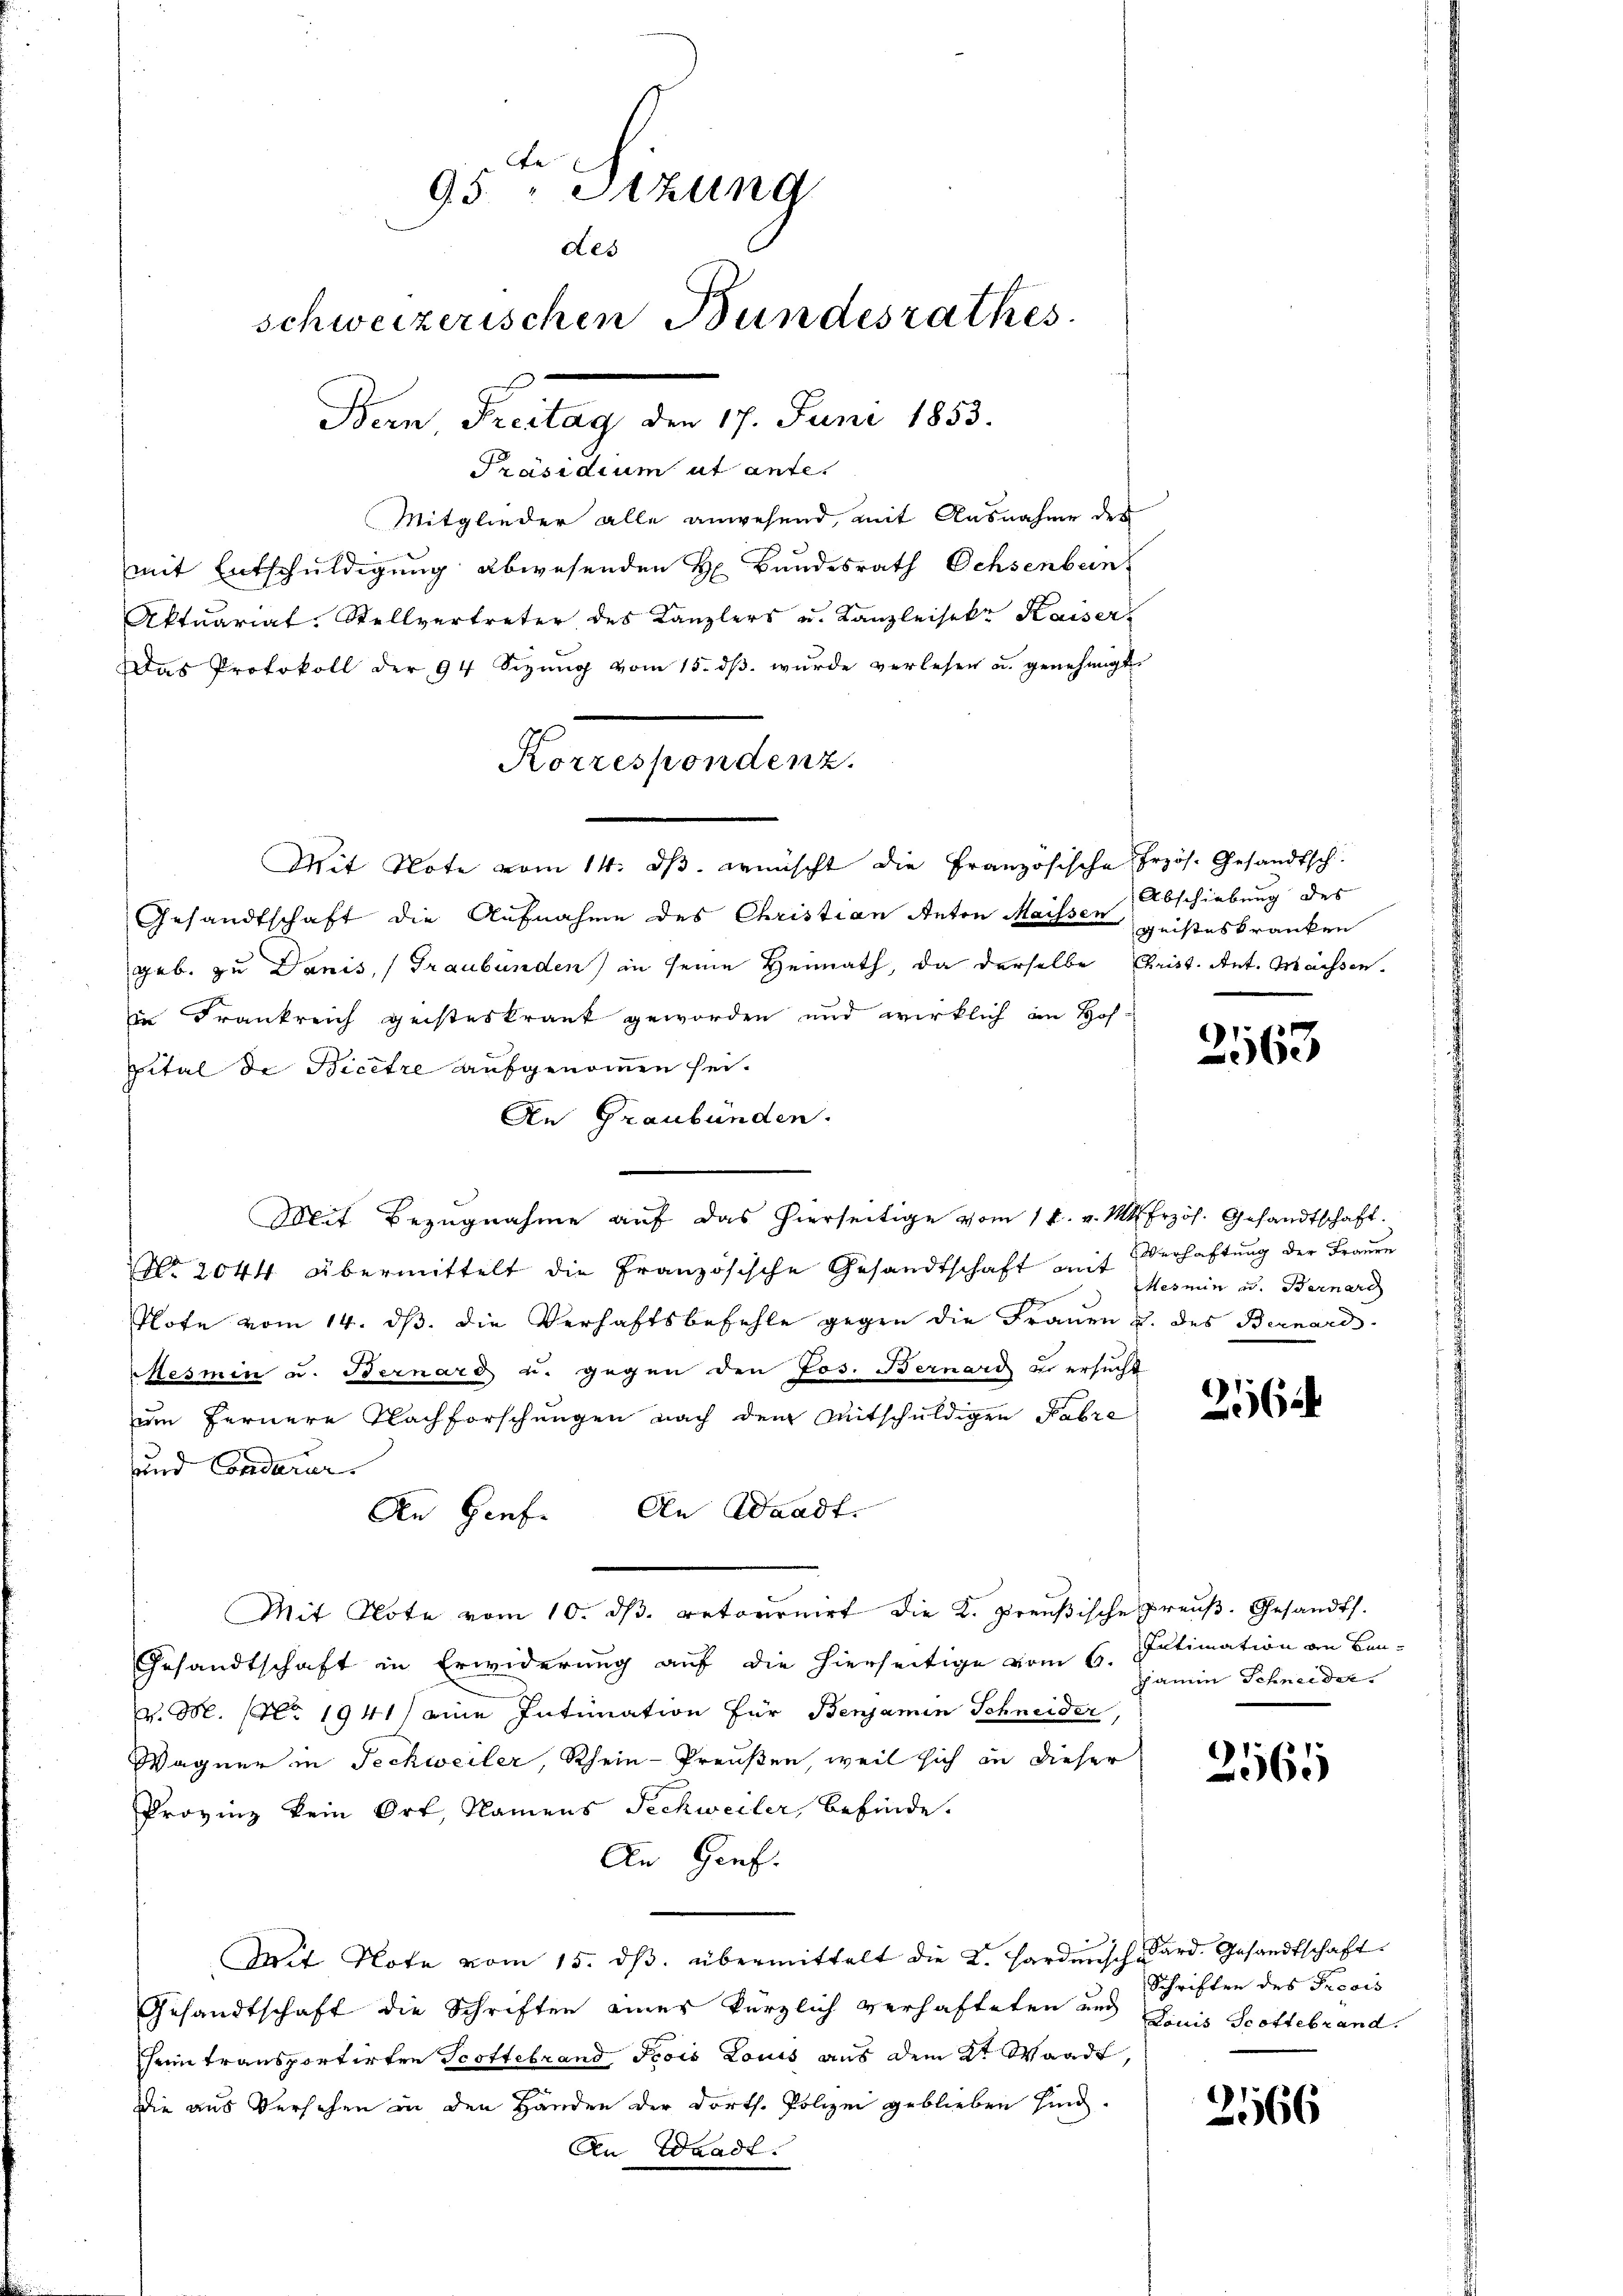
95 " Sitzung
des
schweizerischen Bundesrathes
Bern Freitag den 17. Juni 1853.

Präsidium ut ante.
mit Entschuldigung abwesenden H. Bundesrath Ochsenbein
Aktuariat. Stellvertreter des Kanzlers u. Kanzleisekr Kaiser
Das Protokoll der 94 Sizŭng vom 15. dβ. wŭrde verlesen u. genehmigt.
Mit Note vom 14. dβ. wünscht die Französische Przös. Gesandtsch
Gesandtschaft die Aufnahme des Christian Anton Maissen geisteskranken
geb. zu Danis, (Graubünden) in seine Heimath, da derselbe Christ. Ant. Machsenin Frankreich geisteskrank geworden und wirklich an Hof
pital de Bicetre aufgenommen sei.
An Graubünden.
Mit Bezugnahme auf das hierseitige vom 14. v. Mts. Erzös. Gesandtschaft.
No. 2044 übermittelt die Französische Gesandtschaft mit Verhaftung der Frauen
Plote vom 14. ds. die Verhaftsbefehle gegen die Frauen u. des Bernard-
esmin u. Bernard u. gegen den Jos. Bernard zu ersucht
um fernere Nachforschungen nach dem Mitschuldigen Fabre
und Condarer
An Genf. An Waadt.
Mit Note vom 10. dβ. retournirt die K. Preußische Preŭβ- Gesandts
Gesandtschaft in Erwiderung auf die hierseitige vom 6. Julimation an Bau-
v. M. (Nr. 1941) eine Intimation für Benjamin Schneider,
Wagner in Techweiler, Rhein-Preußen, weil sich in dieser
Provinz kein Ort, Namens Schweiler, befinde.
An Genf.
Mit Note vom 15. dβ. übermittelt die L. Harderisch-Kard. Gesandtschaft
Gesandtschaft die Schriften einer kürzlich verhafteten und Liais Scottebrand.
Herin transportirten Scottebrand Frois Louis aus dem 2ten Waadt,
die aus Versehen in den Händen der dorth. Polizei geblieben sind.
An Waadt.

Mitglieder alle anwesend, mit Ausnahme des

Korrespondenz.

Abschiebung des

2163

Mesmin u. Bernard

2564

cain Schneider.

2565

Schriften des Provis

2566